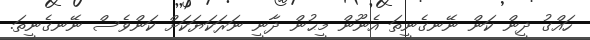
ހައްގު ދީން ކަން ނޭނގެނީތަ އެނޫން މީޙުން ދާނީ ނަރަކަޔަކަށް ކަންވެސް ނޭނގެނީތަ.